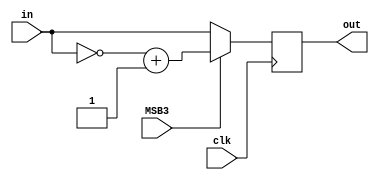
module quarant_mirror(in,MSB3,out,clk);

input [18:0] in;
input clk;
input MSB3;
output reg [18:0] out;


always @(posedge clk)begin
	if(MSB3==1'b0)begin
		out<=in;
	end
	else begin
		out<=(~in)+1'b1;//    pi/2-in;
		
	end
end

endmodule